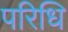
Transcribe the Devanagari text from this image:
परिधि